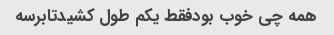
همه چی خوب بودفقط یکم طول کشیدتابرسه